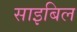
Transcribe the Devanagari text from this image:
साइबिल